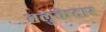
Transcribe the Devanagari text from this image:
तलुकेदार